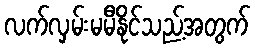
လက်လှမ်းမမီနိုင်သည့်အတွက်